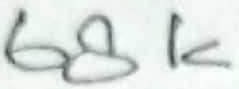
Text: 68K